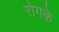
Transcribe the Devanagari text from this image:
रोगके